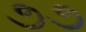
૭૭